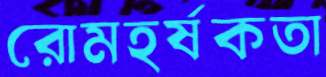
রোমহর্ষকতা